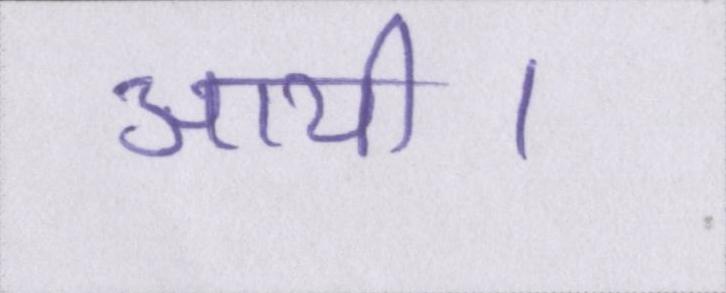
आयी।